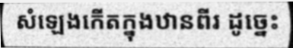
សំឡេងកើតក្នុងឋានពីរ ដូច្នេះ